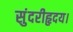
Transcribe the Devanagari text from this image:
सुंदरीहृदय।